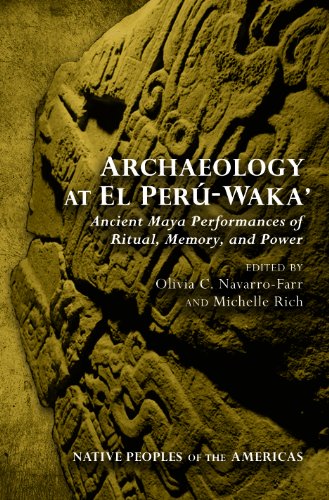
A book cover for Archaeology at El PerÃº-WakaEE: Ancient Maya Performances of Ritual, Memory, and Power (Native Peoples of the Americas); History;